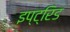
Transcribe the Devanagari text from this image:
इप्ट्रिड